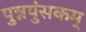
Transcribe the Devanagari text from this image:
पुन्नपुंसकम्‌